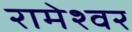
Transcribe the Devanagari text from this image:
रामेश्वर